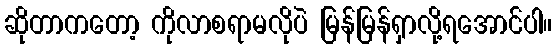
ဆိုတာကတော့ ကိုလာစရာမလိုပဲ မြန်မြန်ရှာလို့ရအောင်ပါ။